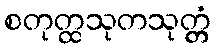
စတုတ္ထသုတသုတ္တံ